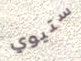
ستيوي